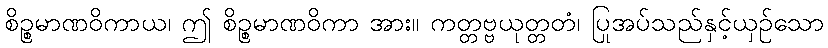
စိဉ္စမာဏဝိကာယ၊ ဤ စိဉ္စမာဏဝိကာ အား။ ကတ္တဗ္ဗယုတ္တတံ၊ ပြုအပ်သည်နှင့်ယှဉ်သော